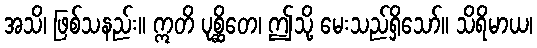
အသိ၊ ဖြစ်သနည်း။ ဣတိ ပုစ္ဆိတေ၊ ဤသို့ မေးသည်ရှိသော်။ သိရိမာယ၊